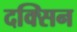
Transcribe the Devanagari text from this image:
दक्सिन